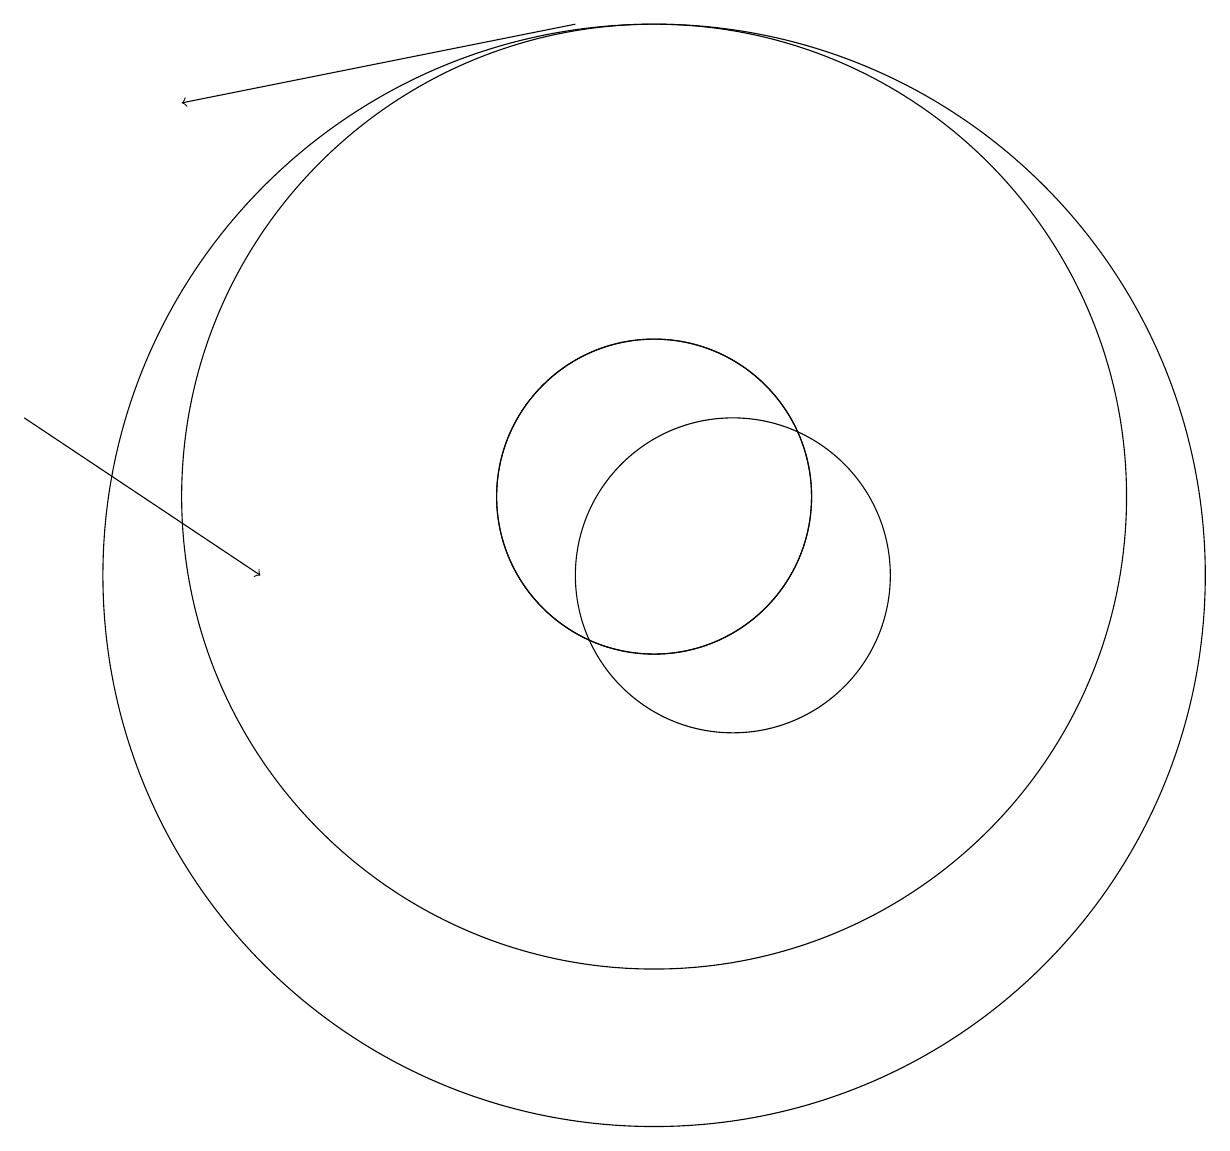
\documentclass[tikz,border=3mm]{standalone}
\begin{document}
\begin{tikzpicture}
\draw (10,11) circle (2);
\draw (10,10) circle (7);
\draw (10,11) circle (6);
\draw[->] (2,12) -- (5,10);
\draw (10,11) circle (2);
\draw[->] (9,17) -- (4,16);
\draw (11,10) circle (2);
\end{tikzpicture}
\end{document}